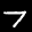
Label: 7